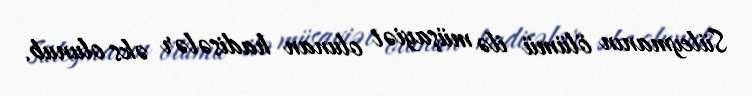
Süleymanın ölümü ilə müşayiət olunan hadisələr əks olunub.